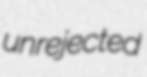
unrejected